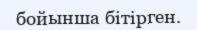
бойынша бітірген.